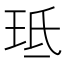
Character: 𭹁